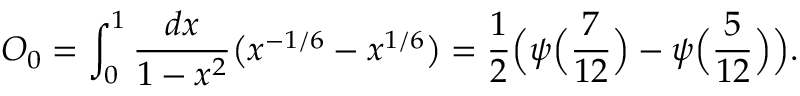
O _ { 0 } = \int _ { 0 } ^ { 1 } { \frac { d x } { 1 - x ^ { 2 } } } \bigl ( x ^ { - 1 / 6 } - x ^ { 1 / 6 } \bigr ) = { \frac { 1 } { 2 } } \Bigl ( \psi \Bigl ( { \frac { 7 } { 1 2 } } \Bigr ) - \psi \Bigl ( { \frac { 5 } { 1 2 } } \Bigr ) \Bigr ) .